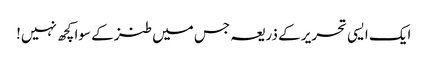
ایک ایسی تحریر کے ذریعہ جس میں طنز کے سوا کچھ نہیں!